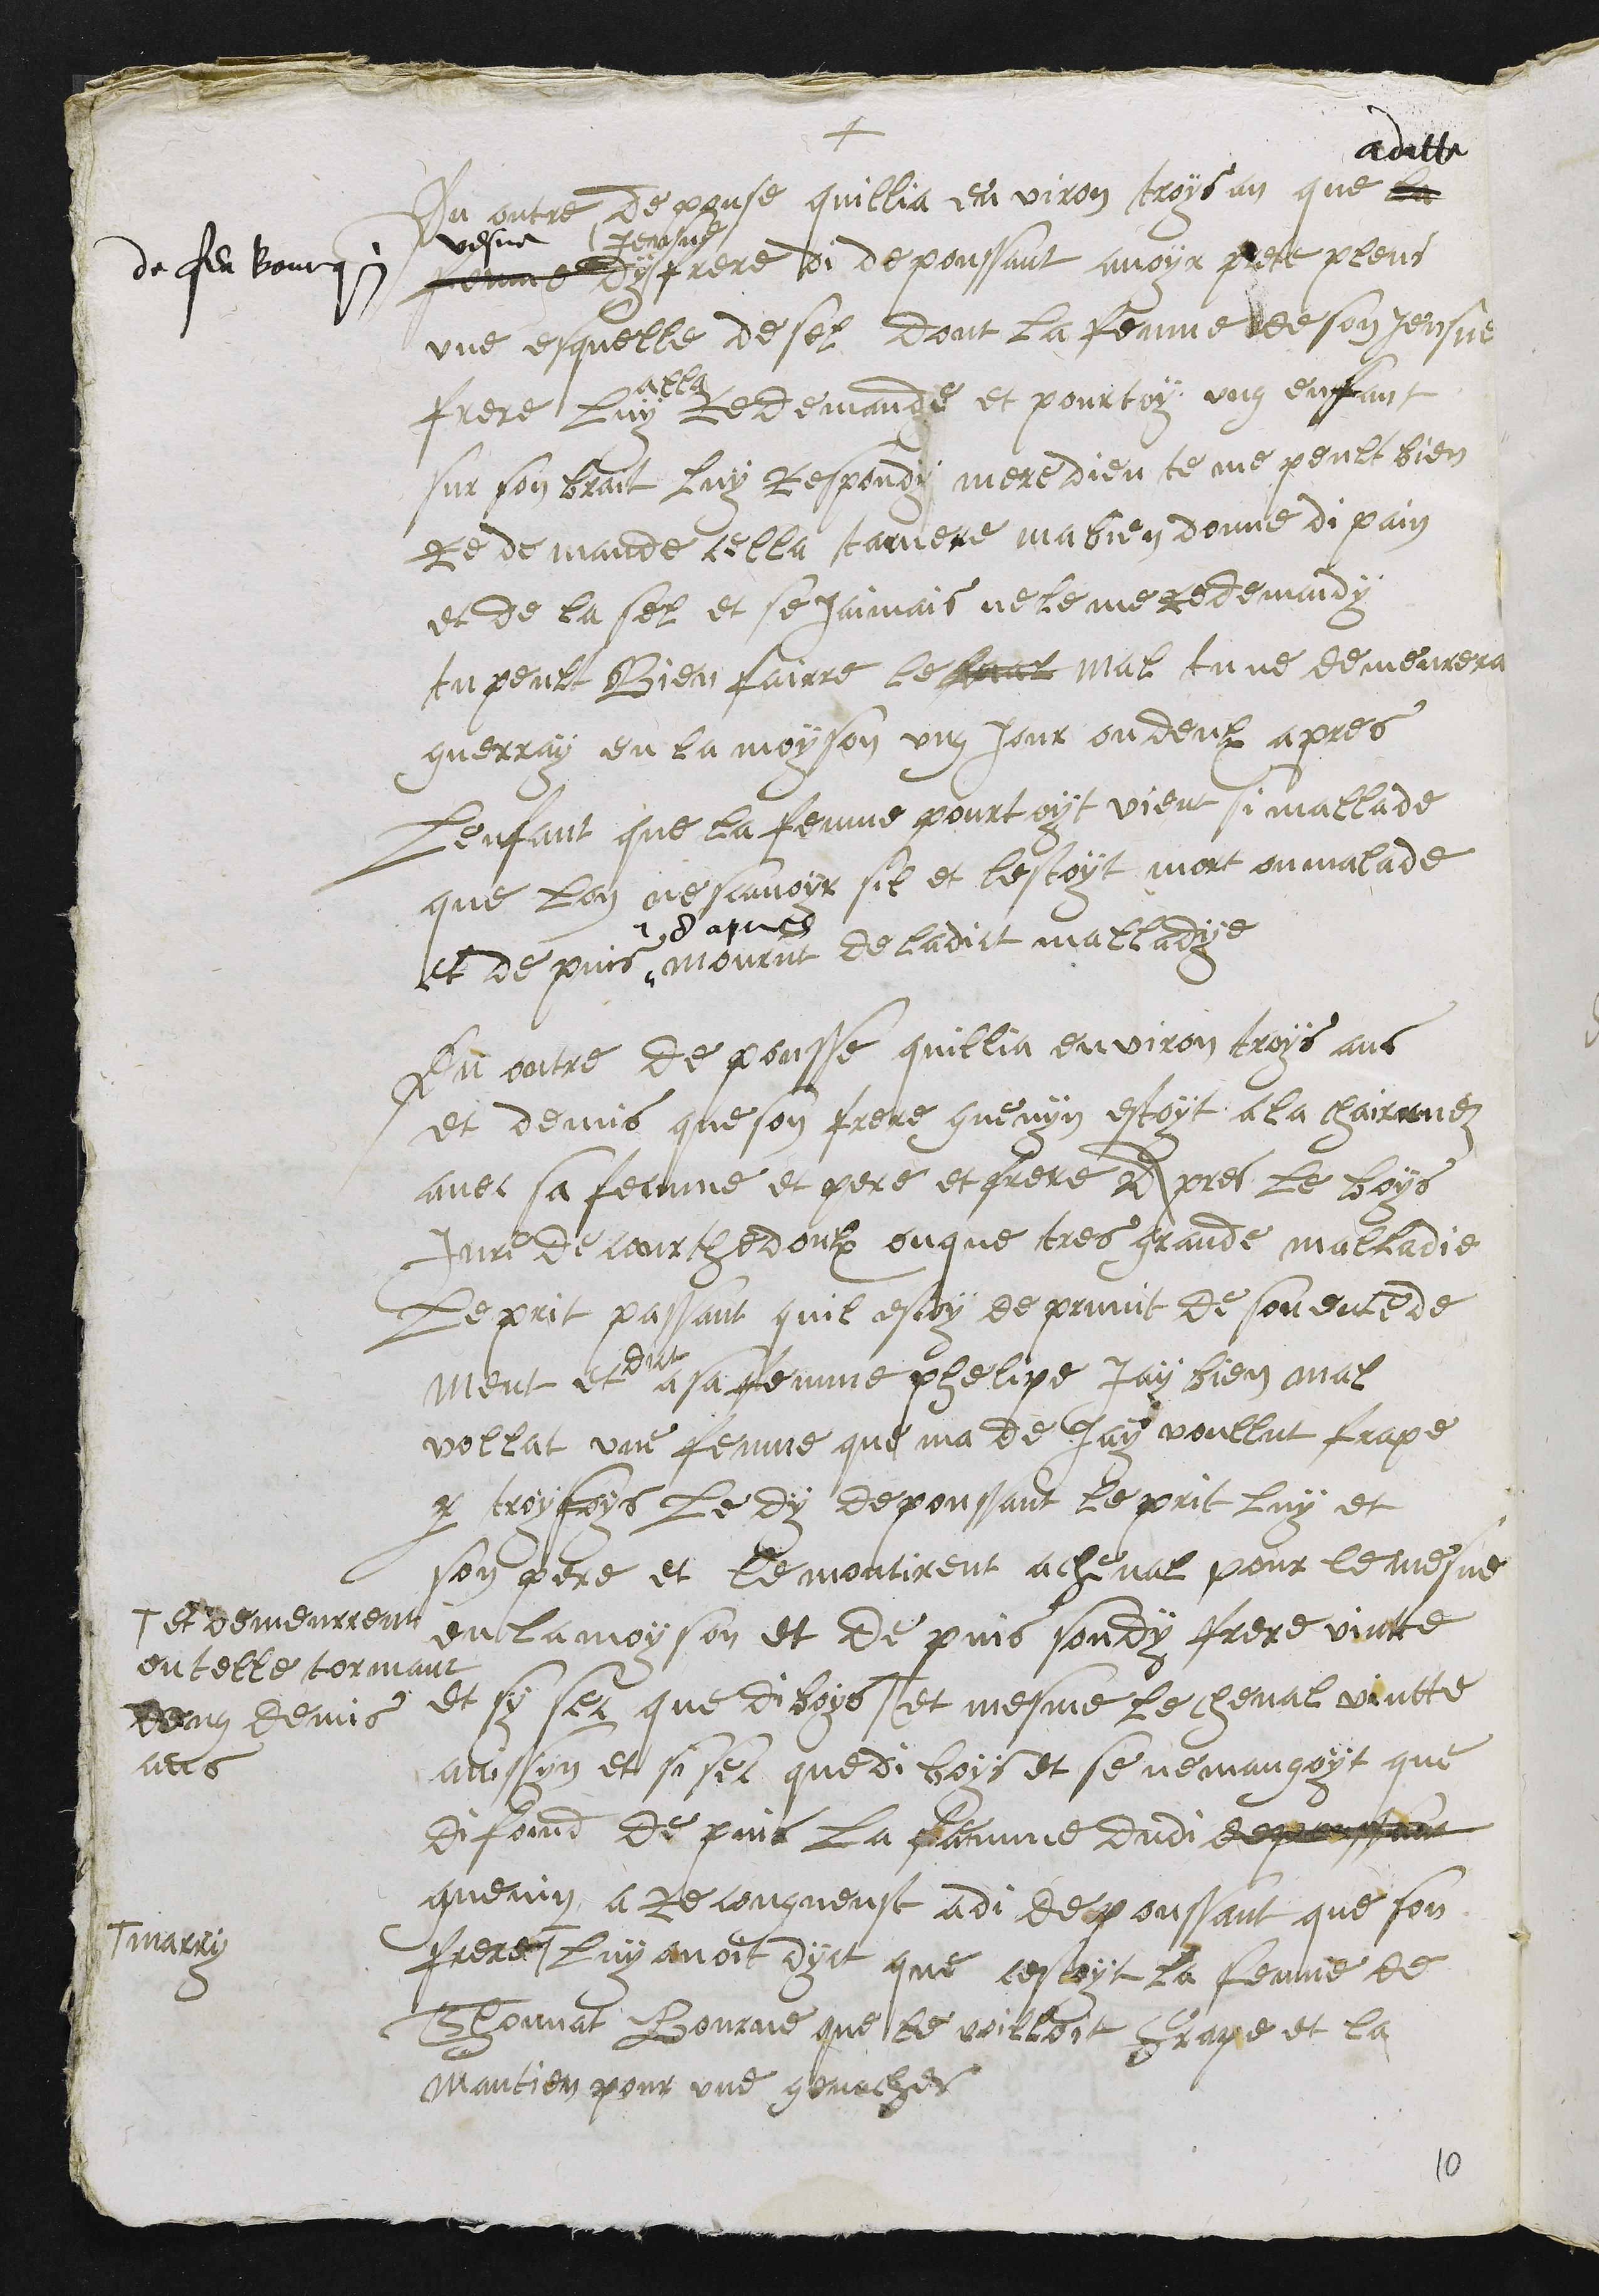
+
En outre depouse quillia environ troys an que la
Adatte
femme dy
vesve
de feu Bourquin
jeusne
frere di depoussant avoir prete plens
une esquelle de sel dont la femme de son Jeusne
frere luy
alla
redemande et pourtoy ung enfant
sur son brait luy Respondy mere dieu te me peult bien
redemande cella ta mere ma bien donne di pain
et de la sel et se jaimais ne le me redemaidy
tu peulx Bien fairre le fmal mal tu ne demeurera
guerray en la moyson ung jour ou deulx apres
Lenfant que la femme pourtoyt vient si mallade
que lon ne scavoyr sil et lestoyt mort ou malade
et depuis
en apres
mourut de ladict malladye
En outre de pousse quillia environ troys ans
et demis que son frere guenyn estoyt a la chairruez
avec sa femme et pere et frere Apres le boys
Jure de Courthedoulx ou que tres grande malladie
Le prit passant quil estoy depruvit de son entende
ment et
dict
a sa femme phelipe Jay bien mal
vollat une femme que ma de jay voullut frape
par troy foys le dy depoussant le prit luy et
son pere et le montirent a cheval pour le mesne
en la moison et de puis sondy frere vintte
et sy sec que di boys +
+ et demeurrent
ou telle tormant
ung demis
ans
et mesme le cheval vintte
ainssyn et si sec que di boys et se ne mangoyt que
di foind de puis la femme dudit depoussant
guenin a recongneust adi depoussant que son
frere +
+ marry
luy avoit dyct que cestoyt la femme de
Thonnat Bourne que le voilloit frape et la
mantien pour une genaches
10